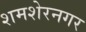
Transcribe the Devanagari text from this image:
शमशेरनगर